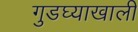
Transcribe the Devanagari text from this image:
गुडघ्याखालीं